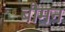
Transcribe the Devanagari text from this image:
बौमन